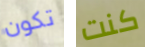
تكون كنت